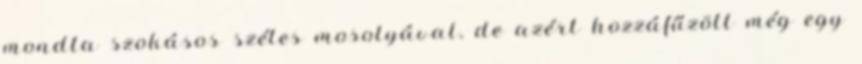
mondta szokásos széles mosolyával, de azért hozzáfűzött még egy